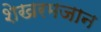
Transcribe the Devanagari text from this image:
शेखरमजान